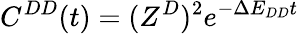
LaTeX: C^{DD}(t)=(Z^{D})^{2}e^{-\Delta E_{DD}t}